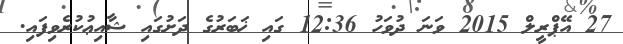
27 އޭޕްރީލް 2015 ވަނަ ދުވަހު 12:36 ގައި ޚަބަރުގެ ދަށުގައި ޝާއިޢުކުރެވިފައި.